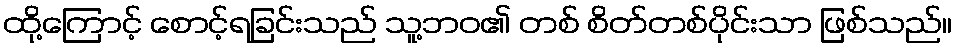
ထို့ကြောင့် စောင့်ရခြင်းသည် သူ့ဘဝ၏ တစ် စိတ်တစ်ပိုင်းသာ ဖြစ်သည်။